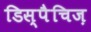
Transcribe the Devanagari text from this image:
डिस्पैचिज़